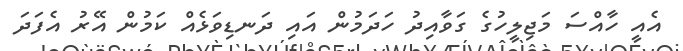
އެއީ ހާއްސަ މަޖިލީހުގެ ގަވާއިދު ހަދަމުން އައި ދަނޑިވަޅެއް ކަމުން އޭރު އެފަދަ